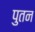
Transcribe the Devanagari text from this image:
पुतन